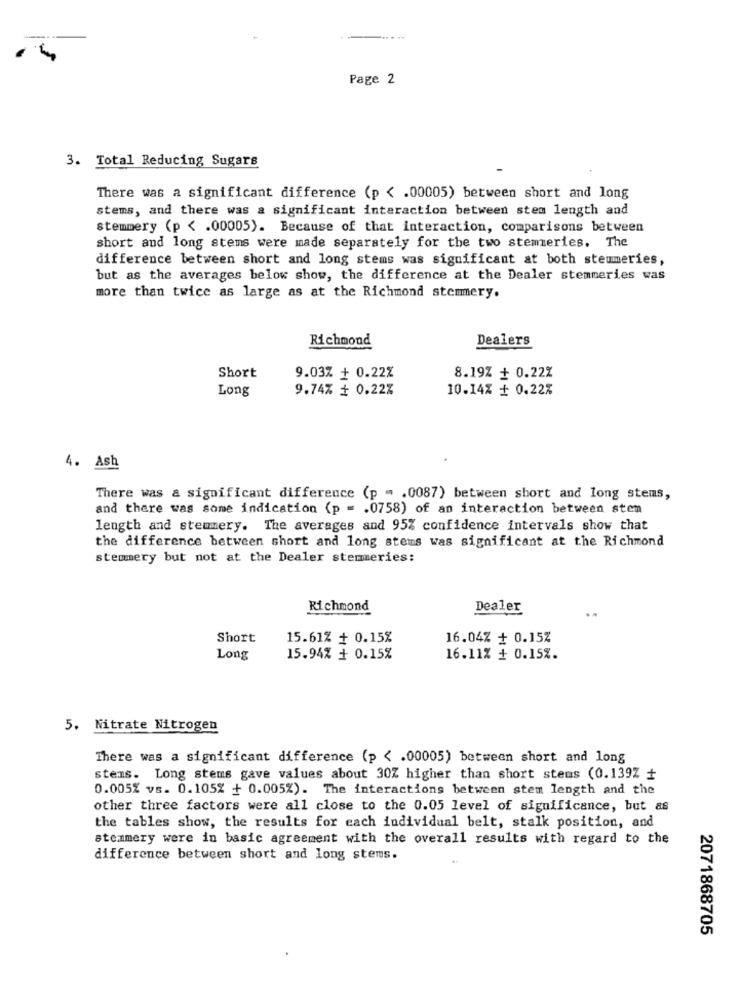
Page 2
3. Total Reducing Sugars
There was a significant difference (p < . 00005) between short and long
stems, and there was a significant interaction between stem length and
stemmery (p < . 00005). Because of that interaction, comparisons between
short and long stems were made separately for the two stemeries. The
difference between short and long stems was significant at both stemmeries,
but as the averages below show, the difference at the Dealer stemmeries was
more than twice as large as at the Richmond stemmery.
Richmond
Dealers
Short
9.03% + 0.22%
8.19% + 0.22%
Long
9.74% + 0.22%
10.14% + 0.22%
4. Ash
There was a significant difference (p = . 0087) between short and long stems,
and there was some indication (p = . 0758) of an interaction between stem
length and stemmery. The averages and 95% confidence intervals show that
the difference between short and long stems was significant at the Richmond
stemmery but not at the Dealer stemmeries:
Richmond
Dealer
Short
15.61% + 0.15%
16.04% + 0.15%
Long
15.94% + 0.15%
16.11% + 0.15%.
5. Nitrate Nitrogen
There was a significant difference (p < . 00005) between short and long
stems. Long stems gave values about 30% higher than short stems (0.1397 +
0.005% vs. 0.105% + 0.005%). The interactions between stem length and the
other three factors were all close to the 0.05 level of significance, but as
the tables show, the results for each individual belt, stalk position, and
stemmery were in basic agreement with the overall results with regard to the
difference between short and long stems.
2071868705